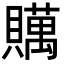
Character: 贎